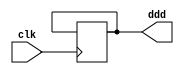
module reuse(clk, ddd);
 input clk;
 output reg ddd;
 reg count = 0;
 always@(posedge clk)
 begin
 count=count+1;
 if (count==2)
  ddd=1'b1;
 end
 endmodule